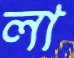
লা